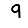
Digit: 9